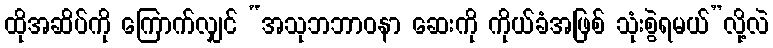
ထိုအဆိပ်ကို ကြောက်လျှင် “အသုဘဘာဝနာ ဆေးကို ကိုယ်ခံအဖြစ် သုံးစွဲရမယ်”လို့လဲ